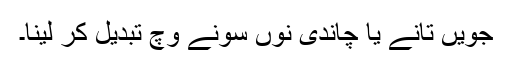
جویں تانے یا چاندی نوں سونے وچ تبدیل کر لینا۔